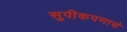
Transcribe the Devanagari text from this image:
सुपीकपणाचे